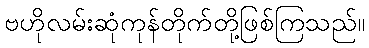
ဗဟိုလမ်းဆုံကုန်တိုက်တို့ဖြစ်ကြသည်။